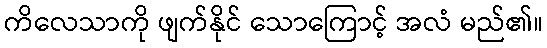
ကိလေသာကို ဖျက်နိုင် သောကြောင့် အလံ မည်၏။